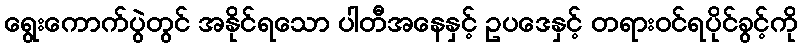
ရွေးကောက်ပွဲတွင် အနိုင်ရသော ပါတီအနေနှင့် ဥပဒေနှင့် တရားဝင်ရပိုင်ခွင့်ကို